255_413270_UFO's_and_Defense_What_Should_we_Prepare_For
Agency: NASA
Page 17
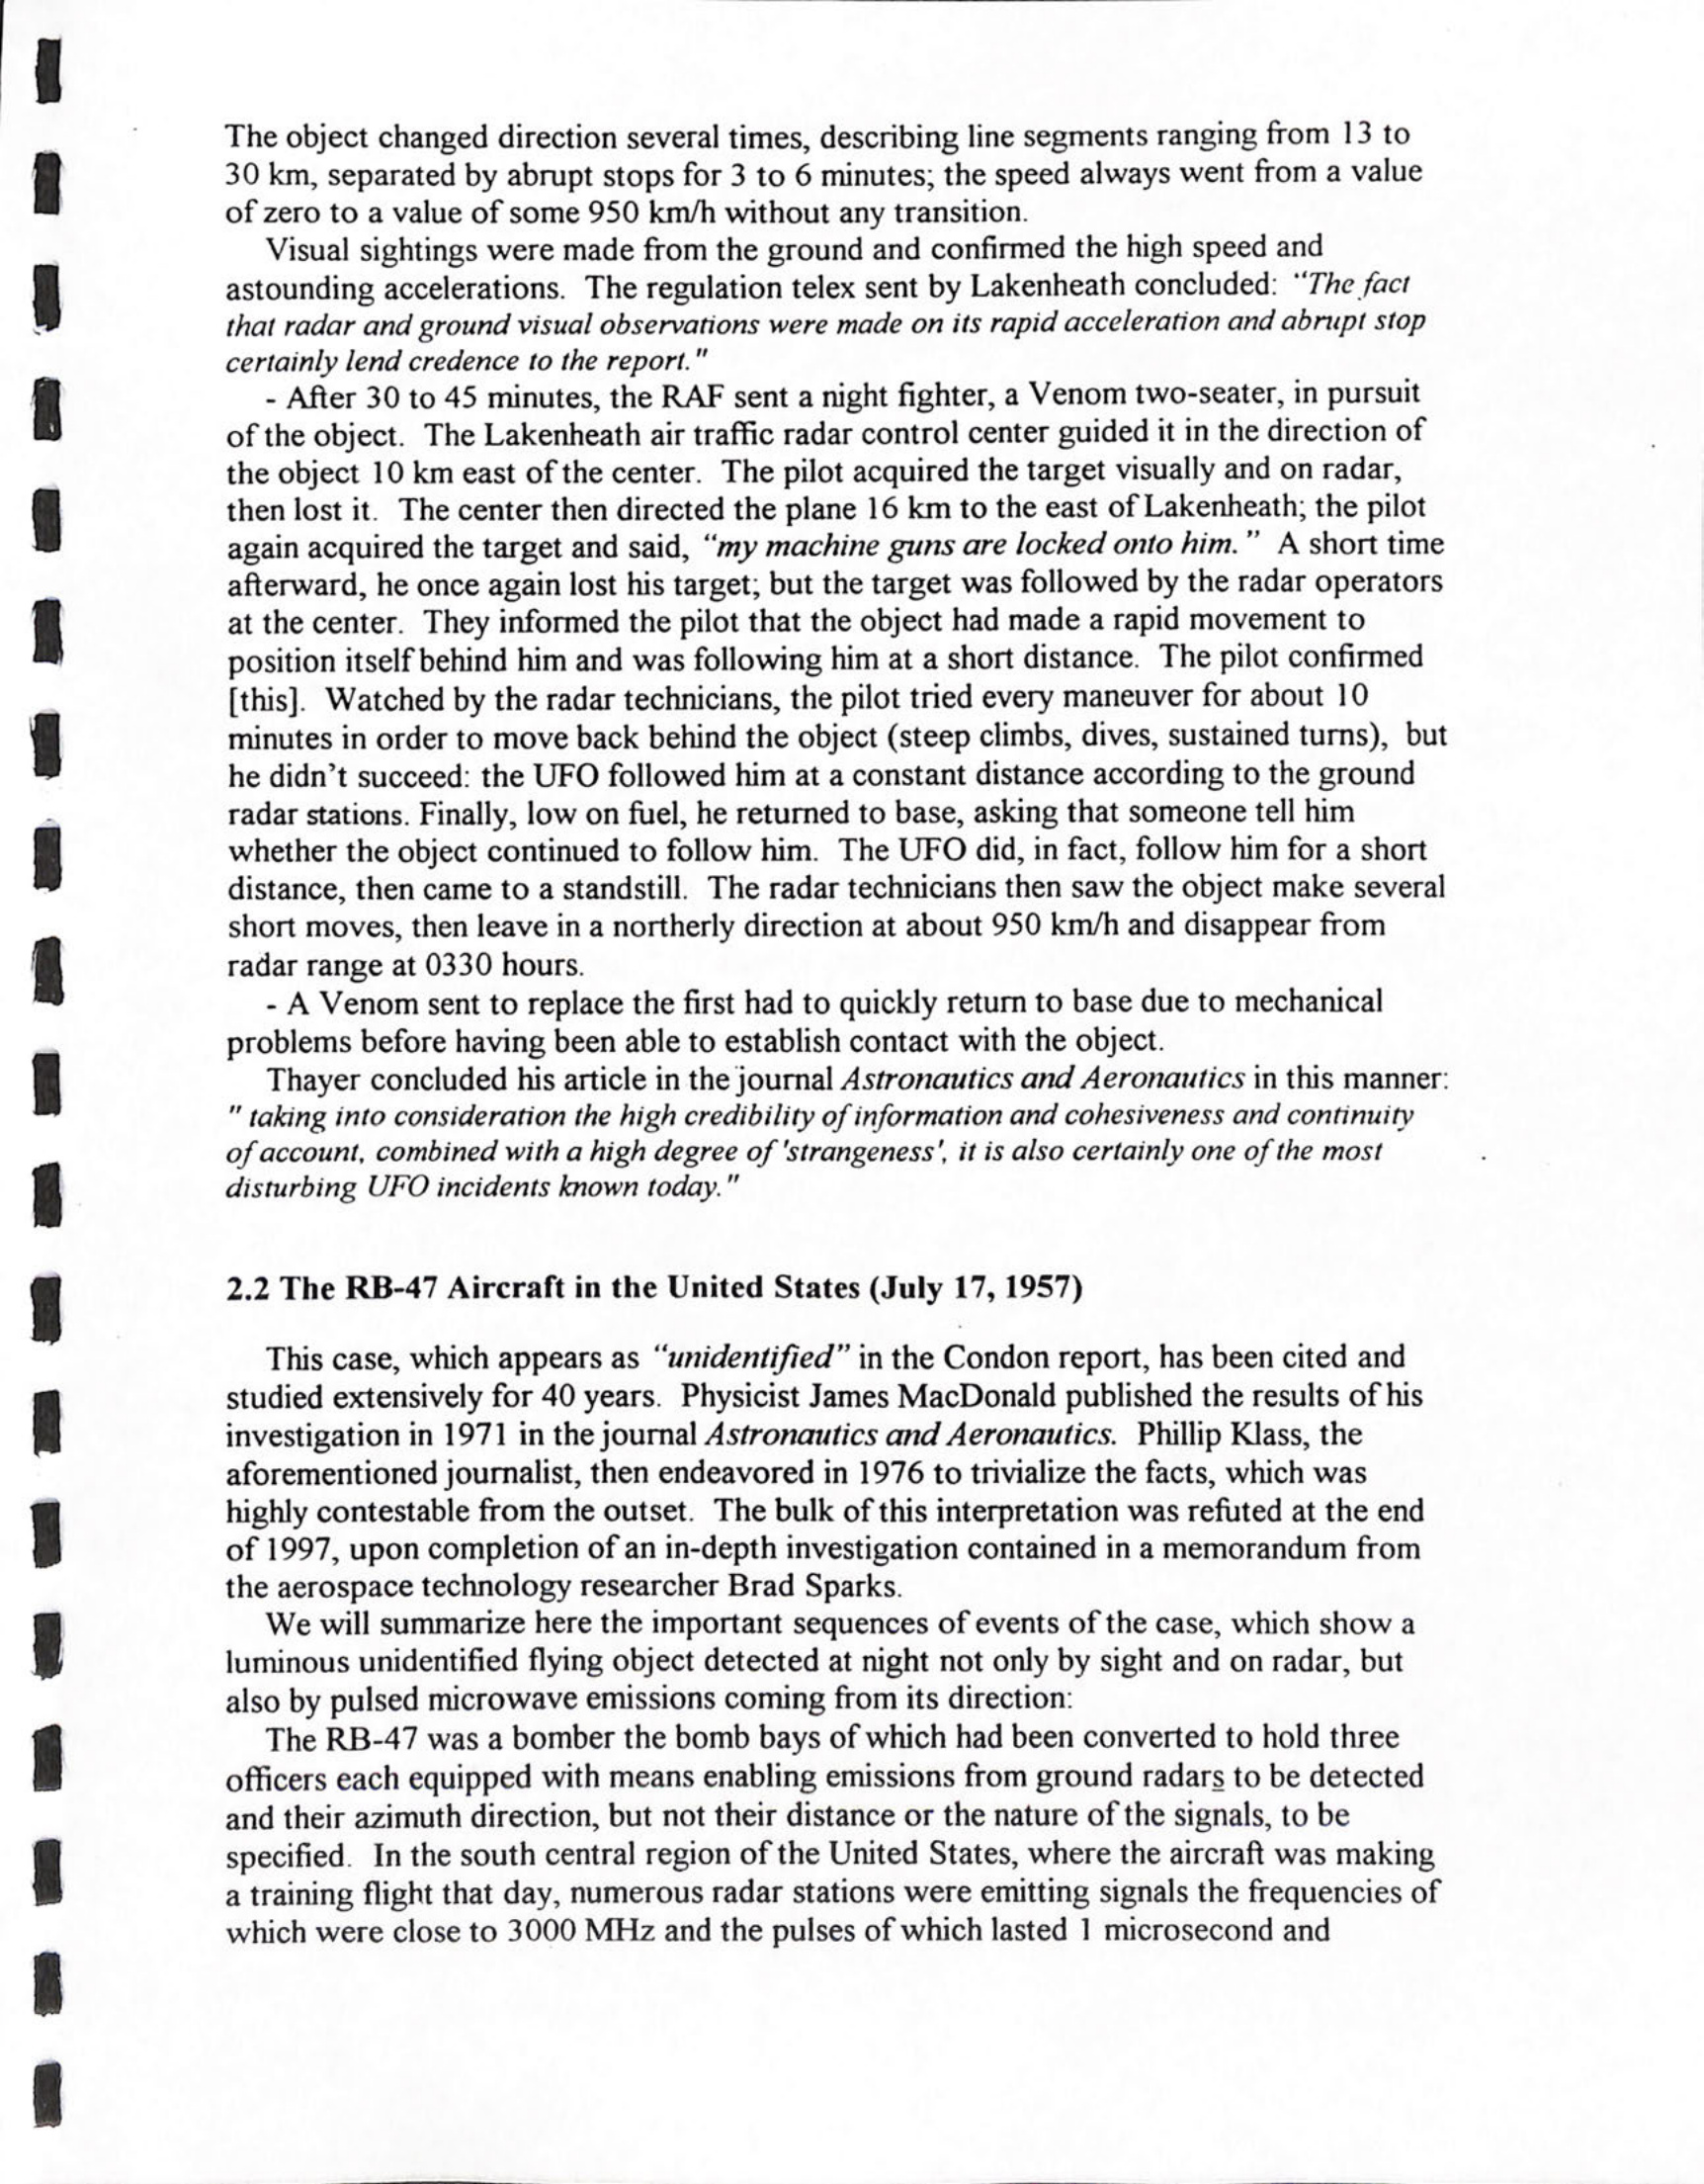